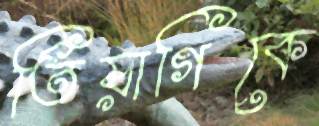
তিয়াগিকে